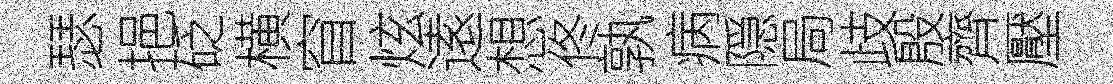
瑟挹砭横窅炫逺想佟孰病隠局歧殷齊壓